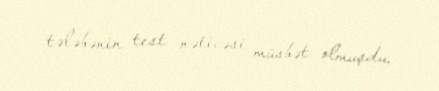
tələbənin test nəticəsi müsbət olmuşdu.